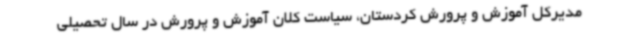
مدیرکل آموزش و پرورش کردستان، سیاست کلان آموزش و پرورش در سال تحصیلی